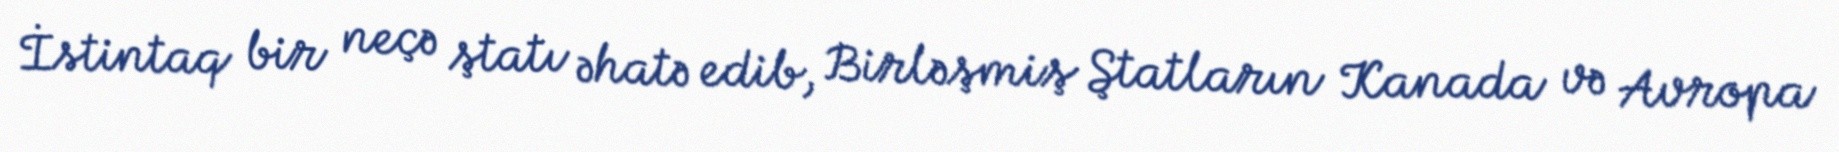
İstintaq bir neçə ştatı əhatə edib, Birləşmiş Ştatların Kanada və Avropa